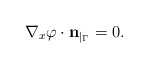
\begin{align*}\nabla_x \varphi \cdot {\bf n}_{|_{\Gamma}} = 0.\end{align*}